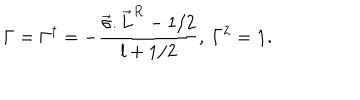
\Gamma = \Gamma ^ { \dagger } = - \frac { \vec { \sigma } . { \vec { L } } ^ { R } - 1 / 2 } { l + 1 / 2 } , ~ \Gamma ^ { 2 } = { \bf 1 } .